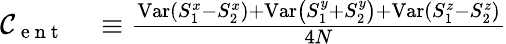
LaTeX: \begin{array}{rl}{{\cal{C}}_{\mathrm{~e~n~t~}}}&{{}\equiv\frac{\operatorname{Var}\left(S_{1}^{x}-S_{2}^{x}\right)+\operatorname{Var}\left(S_{1}^{y}+S_{2}^{y}\right)+\operatorname{Var}\left(S_{1}^{z}-S_{2}^{z}\right)}{4N}}\end{array}